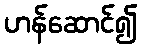
ဟန်ဆောင်၍